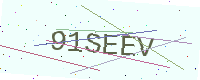
Text: 91SEEV